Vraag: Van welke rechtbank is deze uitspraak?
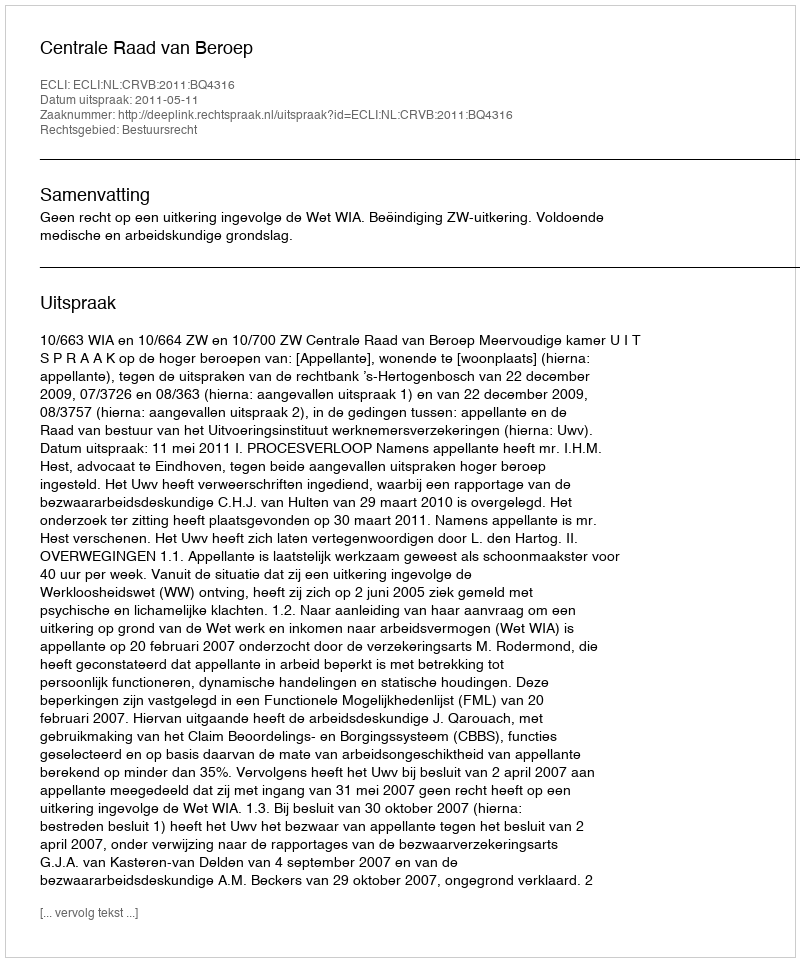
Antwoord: Centrale Raad van Beroep